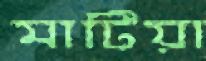
মাটিয়া